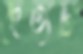
দৈত্যটি